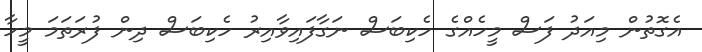
އެގޮތުން މިއަދު ފަސް މީހެއްގެ ހެކިބަސް ނަގާފައިވާއިރު ހެކިބަސް ދިން ފުރަތަމަ މީހާ